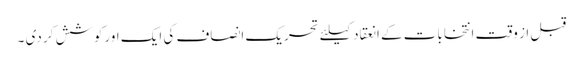
قبل از وقت انتخابات کے انعقاد کیلئے تحریک انصاف کی ایک اورکوشش کر دی ۔